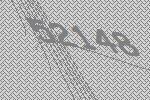
52148